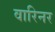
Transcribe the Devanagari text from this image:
वारिनर